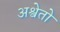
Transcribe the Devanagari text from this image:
अश्वेतो